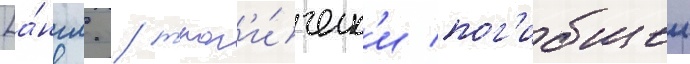
[а́нгл. / траг'и́ческ'и пог'ибшеи